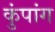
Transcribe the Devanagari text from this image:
कुंपांग